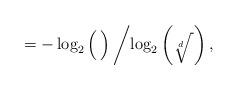
LaTeX: \begin{align*}=-\log_{2}\left(\frac{}{}\right)\left/\log_{2}\left(\sqrt[d]{\frac{}{}}\right),\right.\end{align*}